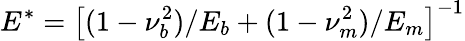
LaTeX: E^{*}=\left[(1-\nu_{b}^{2})/E_{b}+(1-\nu_{m}^{2})/E_{m}\right]^{-1}